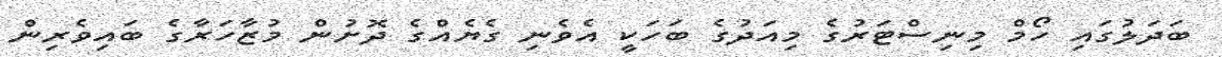
ބަދަލުގައި ހޯމް މިނިސްޓަރުގެ މިއަދުގެ ބަހަކީ އެވެނި ގެޔެއްގެ ދޮށުން މުޒާހަރާގެ ބައިވެރިން